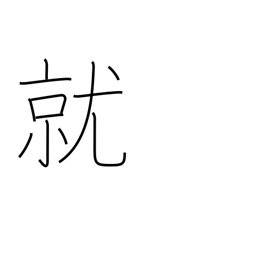
Meaning: take position